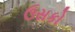
ઉસકો